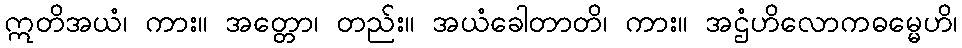
ဣတိအယံ၊ ကား။ အတ္တော၊ တည်း။ အယံခေါတာတိ၊ ကား။ အဌံဟိလောကဓမ္မေဟိ၊